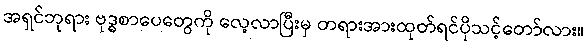
အရှင်ဘုရား ဗုဒ္ဓစာပေတွေကို လေ့လာပြီးမှ တရားအားထုတ်ရင်ပိုသင့်တော်လား။